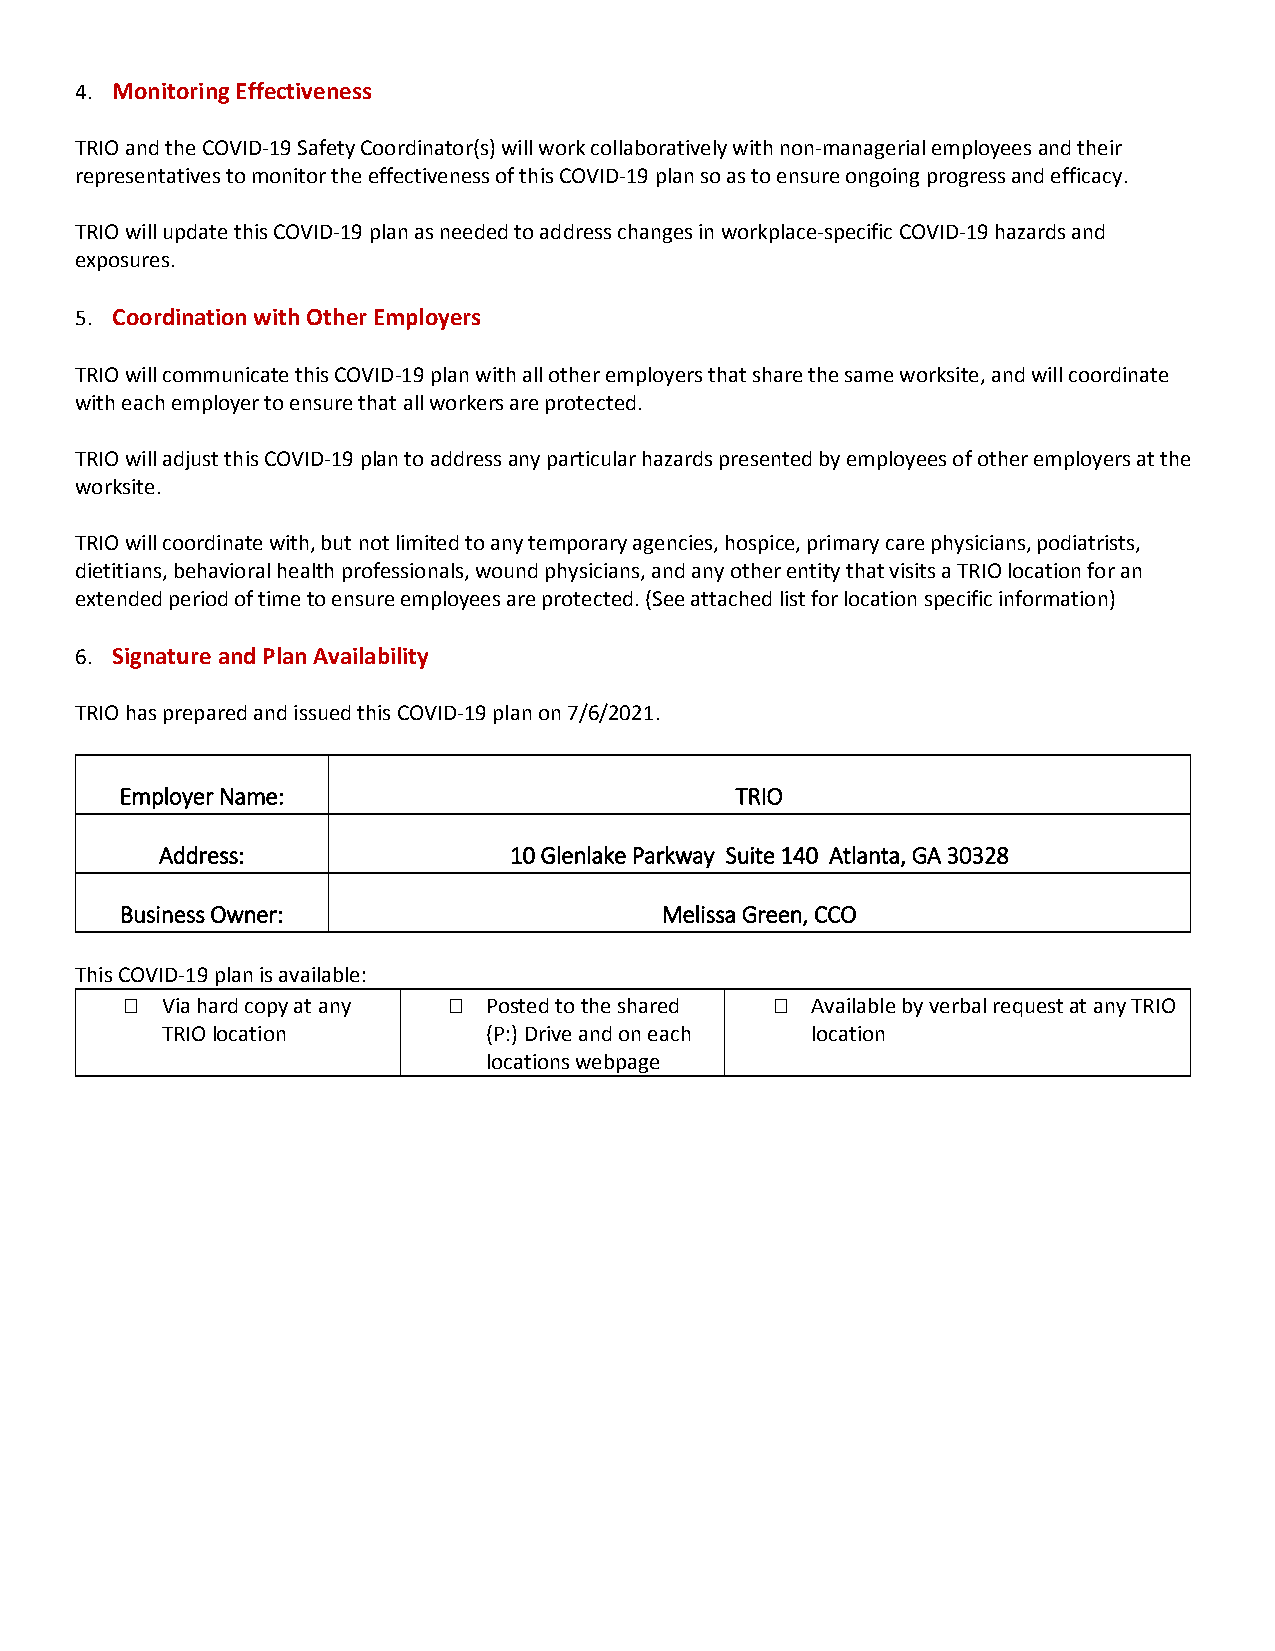
4. Monitoring Effectiveness
 TRIO and the COVID-19 Safety Coordinator(s) will work collaboratively with non-managerial employees and their
 representatives to monitor the effectiveness of this COVID-19 plan so as to ensure ongoing progress and efficacy.
 TRIO will update this COVID-19 plan as needed to address changes in workplace-specific COVID-19 hazards and
 exposures.
 5. Coordination with Other Employers
 TRIO will communicate this COVID-19 plan with all other employers that share the same worksite, and will coordinate
 with each employer to ensure that all workers are protected.
 TRIO will adjust this COVID-19 plan to address any particular hazards presented by employees of other employers at the
 worksite.
 TRIO will coordinate with, but not limited to any temporary agencies, hospice, primary care physicians, podiatrists,
 dietitians, behavioral health professionals, wound physicians, and any other entity that visits a TRIO location for an
 extended period of time to ensure employees are protected. (See attached list for location specific information)
 6. Signature and Plan Availability
 TRIO has prepared and issued this COVID-19 plan on 7/6/2021.
 Employer Name:                           TRIO
 Address:               10 Glenlake Parkway Suite 140 Atlanta, GA 30328
 Business Owner:                     Melissa Green, CCO
 This COVID-19 plan is available:
   Via hard copy at any  Posted to the shared  Available by verbal request at any TRIO
 TRIO location        (P:) Drive and on each location
 locations webpage